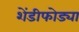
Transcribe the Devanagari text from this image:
शेंडीफोड्या